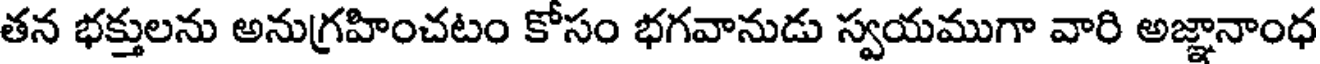
తన భక్తులను అనుగ్రహించటం కోసం భగవానుడు స్వయముగా వారి అజ్ఞానాంధ